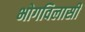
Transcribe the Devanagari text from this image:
भोगविलासी